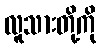
လူသားတို့ကို